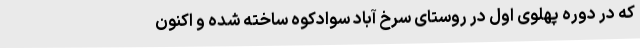
که در دوره پهلوی اول در روستای سرخ آباد سوادکوه ساخته شده و اکنون